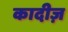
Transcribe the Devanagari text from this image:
कादीज़